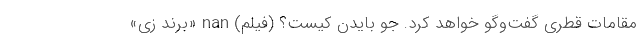
مقامات قطری گفت‌وگو خواهد کرد. جو بایدن کیست؟ (فیلم) nan «برند زی»